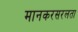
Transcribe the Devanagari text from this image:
मानकरसरलता